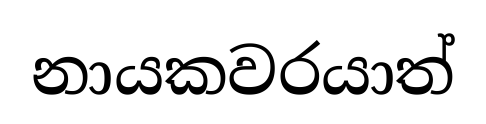
නායකවරයාත්